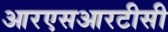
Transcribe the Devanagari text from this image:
आरएसआरटीसी